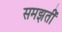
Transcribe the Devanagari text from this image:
समझतीं